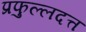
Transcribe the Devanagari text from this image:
प्रफुल्लदत्त